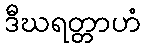
ဒီဃရတ္တာဟံ